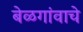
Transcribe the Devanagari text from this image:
बेळगांवाचे